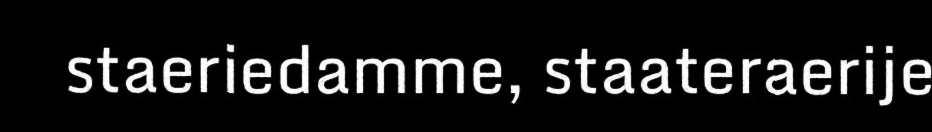
staeriedamme, staateraerije